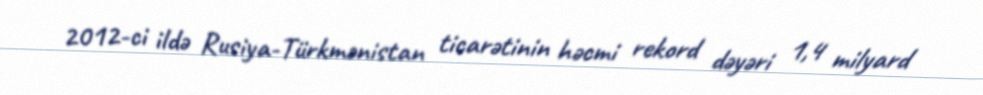
2012-ci ildə Rusiya-Türkmənistan ticarətinin həcmi rekord dəyəri 1,4 milyard